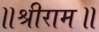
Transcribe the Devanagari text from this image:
॥श्रीराम॥